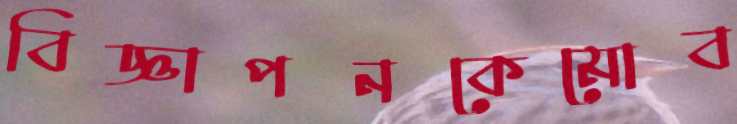
বিজ্ঞাপনকেমোব